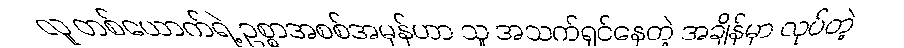
လူ တစ်ယောက်ရဲ့ ဥစ္စာအစစ်အမှန်ဟာ သူ အသက်ရှင်နေတဲ့ အချိန်မှာ လုပ်တဲ့